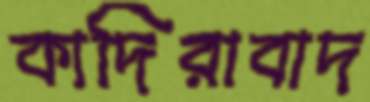
কাদিরাবাদ